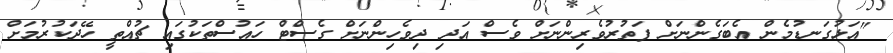
"އަޅުގަނޑުމެން އެބަގެންނަށް ފަތުރުވެރިންނަށް ވެސް އަދި ދިވެހިންނަށް ގެސްޓް ހައުސްތަކުގައި ޗުއްތީ ހޭދަކުރުމަށް